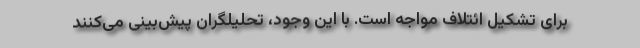
برای تشکیل ائتلاف مواجه‌ است. با این وجود، تحلیلگران پیش‌بینی می‌کنند